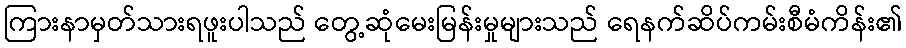
ကြားနာမှတ်သားရဖူးပါသည် တွေ့ဆုံမေးမြန်းမှုများသည် ရေနက်ဆိပ်ကမ်းစီမံကိန်း၏